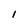
Character: l